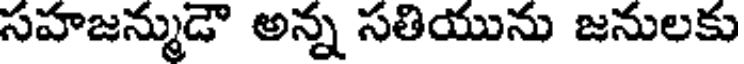
సహజన్ముడౌ అన్న సతియును జనులకు